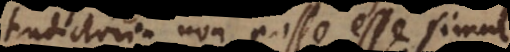
contradictoria non posse esse simul,